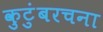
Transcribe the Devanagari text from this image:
कुटुंबरचना